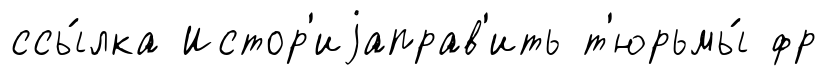
ссы́лка Истор'иjаправ'ить т'юрьмы́ фр